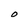
Character: O